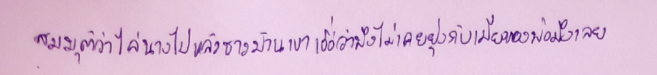
สมมุติว่าไล่นางไปแล้วชาวบ้านเขาเชื่อว่ามึงไม่เคยยุ่งกับเมียของพ่อมึงเลย